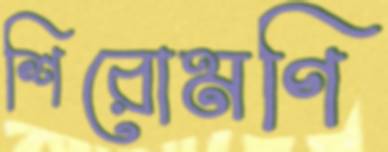
শিরোমণি